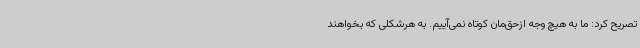
تصریح کرد: ما به هیچ وجه ازحق‌مان کوتاه نمی‌آییم. به هرشکلی که بخواهند